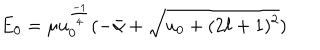
E _ { 0 } = \mu u _ { 0 } ^ { \frac { - 1 } { 4 } } ( - \bar { \alpha } + \sqrt { u _ { 0 } + ( 2 \ell + 1 ) ^ { 2 } } )